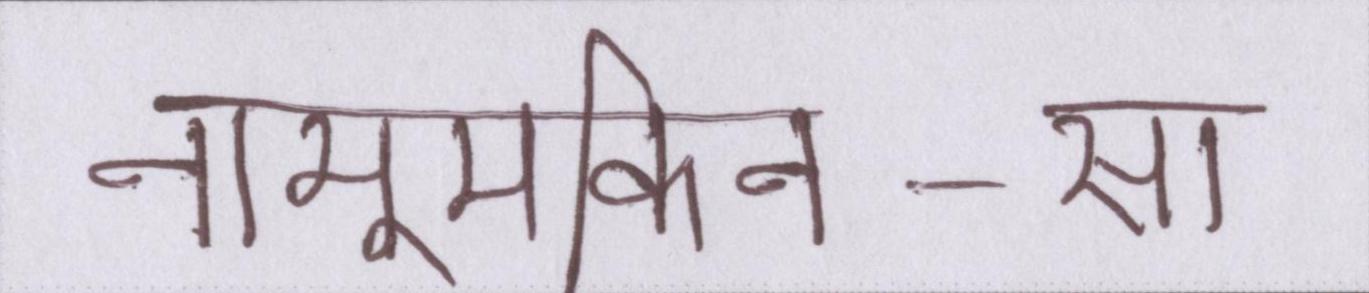
नामुमकिन-सा